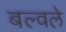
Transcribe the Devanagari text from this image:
बल्वले